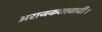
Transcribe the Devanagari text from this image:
अराजकतावादी।